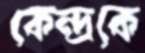
কেন্দ্রকে